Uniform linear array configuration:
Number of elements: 64
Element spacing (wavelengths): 1
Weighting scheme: exponential
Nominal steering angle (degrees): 60
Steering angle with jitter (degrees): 60.625
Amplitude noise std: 0.05
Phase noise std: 0.05

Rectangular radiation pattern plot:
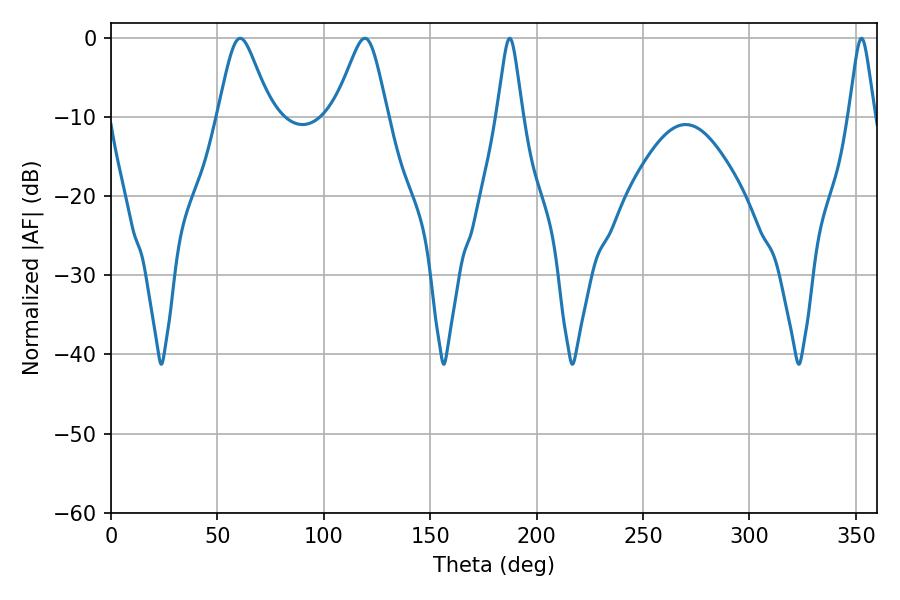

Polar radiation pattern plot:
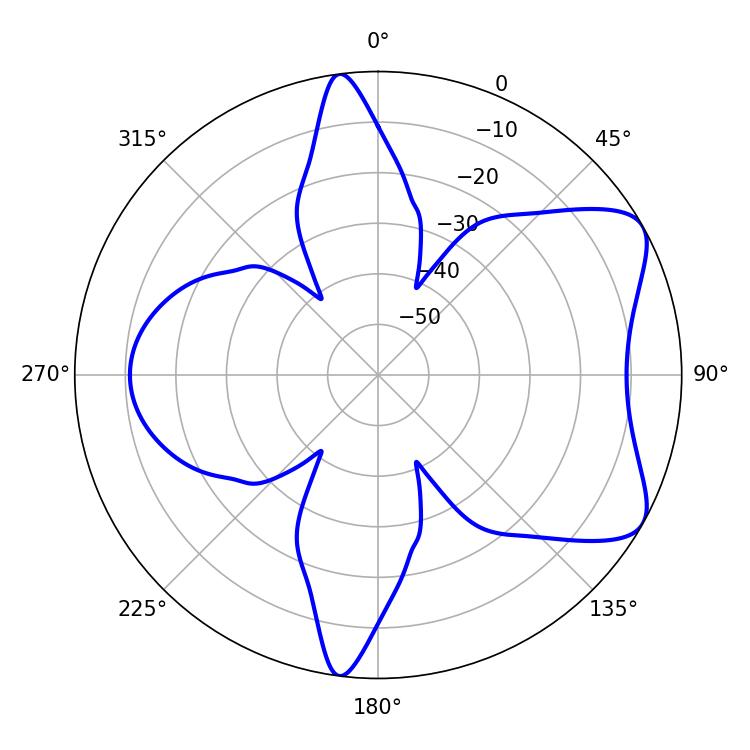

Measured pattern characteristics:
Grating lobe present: TRUE
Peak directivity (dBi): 6.974
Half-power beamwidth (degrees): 12.06
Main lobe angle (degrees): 60.66